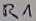
Text: R1